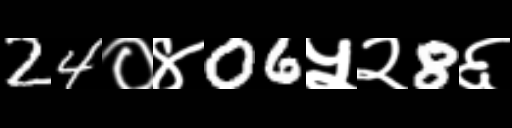
Text: 24०४06५२8६